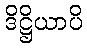
ဒိဋ္ဌိယာပိ